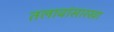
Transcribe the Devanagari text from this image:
तलावांसारखा